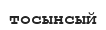
тосынсый